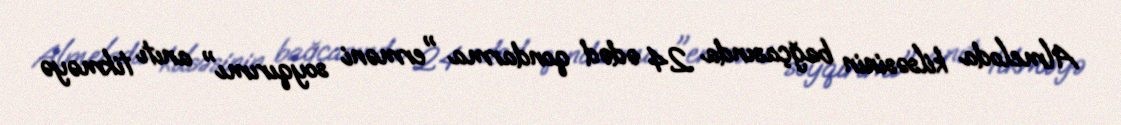
Almeloda kilsəsinin bağçasında 24 ədəd qondarma "erməni soyqırımı" anıtı tikməyə